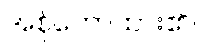
အစုံဟောထား၏။